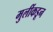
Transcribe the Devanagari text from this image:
मुलींकडून